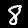
Digit: 8